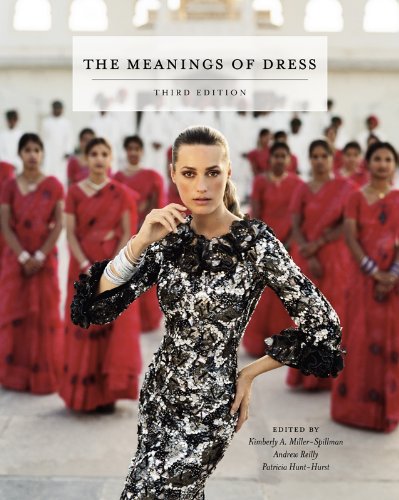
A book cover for Meanings of Dress,  The; Business & Money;